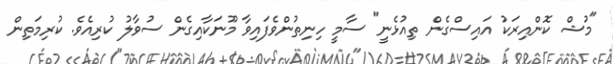
"މުޝް ކޮންއިރަކު އައިސްގެން ތިއުޅެނީ" ސާމީ ހިނިތުންވެފައިވާ މޫނަކާއިގެން ސުވާލު ކުރިއެވެ. ކުރިމަތިން